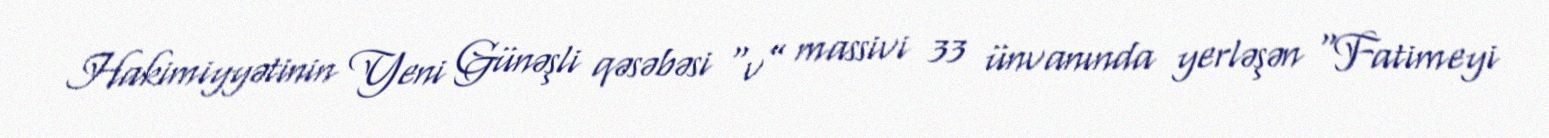
Hakimiyyətinin Yeni Günəşli qəsəbəsi “v” massivi 33 ünvanında yerləşən “Fatimeyi